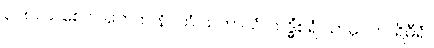
၃၂၈။ သစေ လဘေထ နိပကံ သဟာယံ၊ သဒ္ဓိံစရံ သာဓုဝိဟာရိဓီရံ။